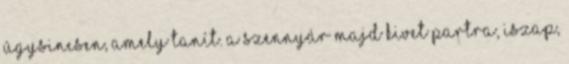
úgysincsen, amely tanít. A szennyár majd kivet partra, Iszap,